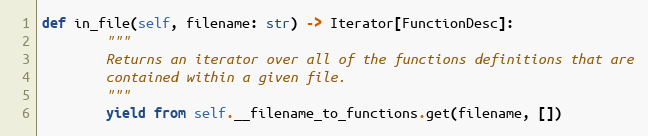
Language: Python
def in_file(self, filename: str) -> Iterator[FunctionDesc]:
        """
        Returns an iterator over all of the functions definitions that are
        contained within a given file.
        """
        yield from self.__filename_to_functions.get(filename, [])